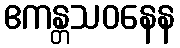
ဧကန္တသဝနေန